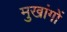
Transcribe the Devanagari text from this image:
मुखांगों